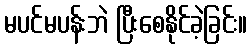
မပင်မပန်းဘဲ ပြီးစေနိုင်ခဲ့ခြင်း။